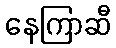
နေကြာဆီ